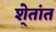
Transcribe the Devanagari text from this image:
शे्तांत